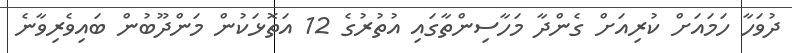
ދުވަހާ ހަމައަށް ކުރިއަށް ގެންދާ މަހާސިންތާގައި އުތުރުގެ 12 އަތޮޅަކުން މަންދޫބުން ބައިވެރިވާނެ